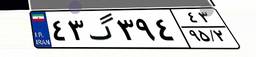
۴۳گ۳۹۴۴۳